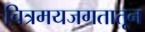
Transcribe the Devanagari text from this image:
चित्रमयजगतातून